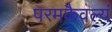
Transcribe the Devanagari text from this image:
परमकैवल्यं